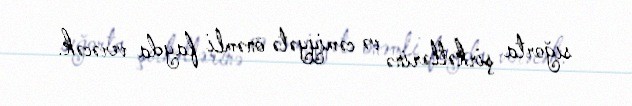
sığorta şirkətlərinə və cəmiyyətə önəmli fayda verəcək.